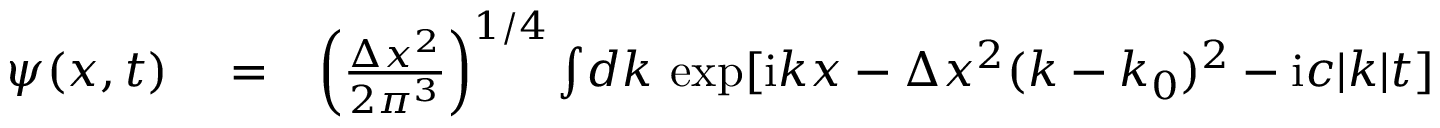
\begin{array} { r l r } { \psi ( x , t ) } & { { } = } & { \left( \frac { \Delta x ^ { 2 } } { 2 \pi ^ { 3 } } \right) ^ { 1 / 4 } \int \! d k \, \exp [ \mathrm { i } k x - \Delta x ^ { 2 } ( k - k _ { 0 } ) ^ { 2 } - \mathrm { i } c | k | t ] } \end{array}